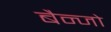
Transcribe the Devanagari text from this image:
बैन्जो